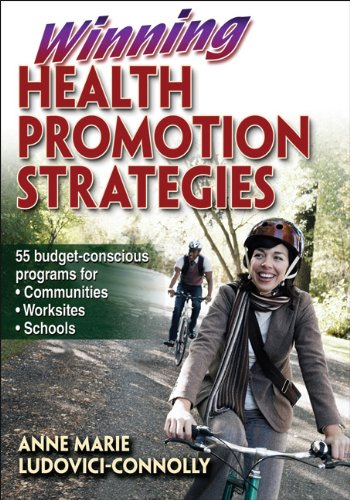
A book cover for Winning Health Promotion Strategies; Anne Marie Ludovici-Connolly; Health, Fitness & Dieting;